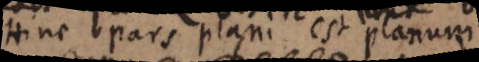
Hinc pars plani est planum